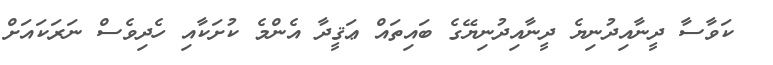
ކަވާސާ ދީނާއިދުނިޔެ ދީނާއިދުނިޔޭގެ ބައިތައް ޢަޤީދާ އެންމެ ކުށަކާއި ހެދިވެސް ނަރަކައަށް